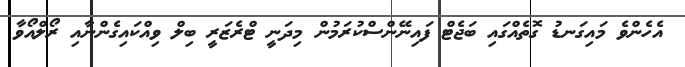
އެހެންވެ މައިގަނޑު ގޮތެއްގައި ބަޖެޓް ފައިނޭންސްކުރަމުން މިދަނީ ޓްރެޒަރީ ބިލް ވިއްކައިގެންނާއި ރޯލްއޯވާ